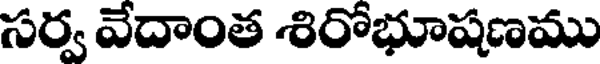
సర్వ వేదాంత శిరోభూషణము